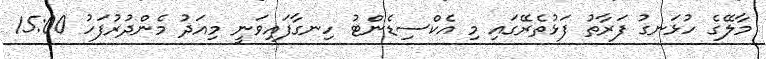
މާލޭގެ ހުޅަނގު ފަރާތު ފަޅުތެރޭގައި މި އެކްސިޑެންޓު ހިނގާފައިވަނީ މިއަދު މެންދުރުފަހު 15:00